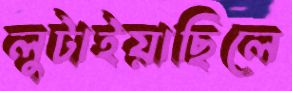
লুটাইয়াছিলে